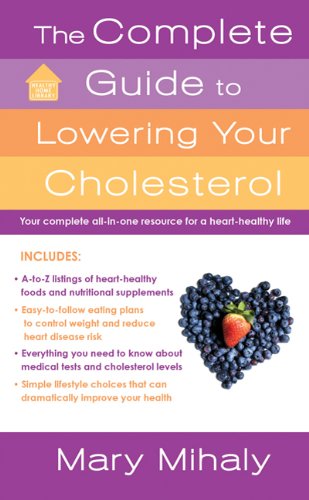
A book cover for The Complete Guide to Lowering Your Cholesterol (Lynn Sonberg Books); Mary Mihaly; Cookbooks, Food & Wine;